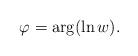
LaTeX: \begin{align*}\varphi=\arg(\ln w). \end{align*}